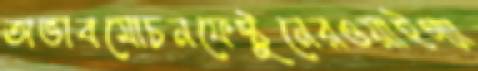
অভাবমোচনফেস্টুনেরওয়াইগ্যা